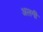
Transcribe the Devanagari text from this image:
अलगी